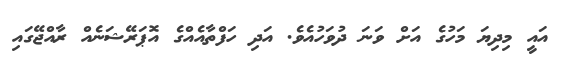
އައީ މިދިޔަ މަހުގެ އަށް ވަނަ ދުވަހުއެވެ. އަދި ހަފްތާއެއްގެ އޮޕަރޭޝަނެއް ރާއްޖޭގައި